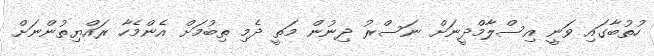
ހުތުބާގައި ވަނީ އިސްލާމްދީނަށް ނަސްރު ދިނުން މަތީ ދެމި ތިބުމަށް އެންމެހާ ރައްޔިތުންނަށް